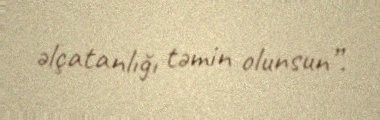
əlçatanlığı təmin olunsun”.